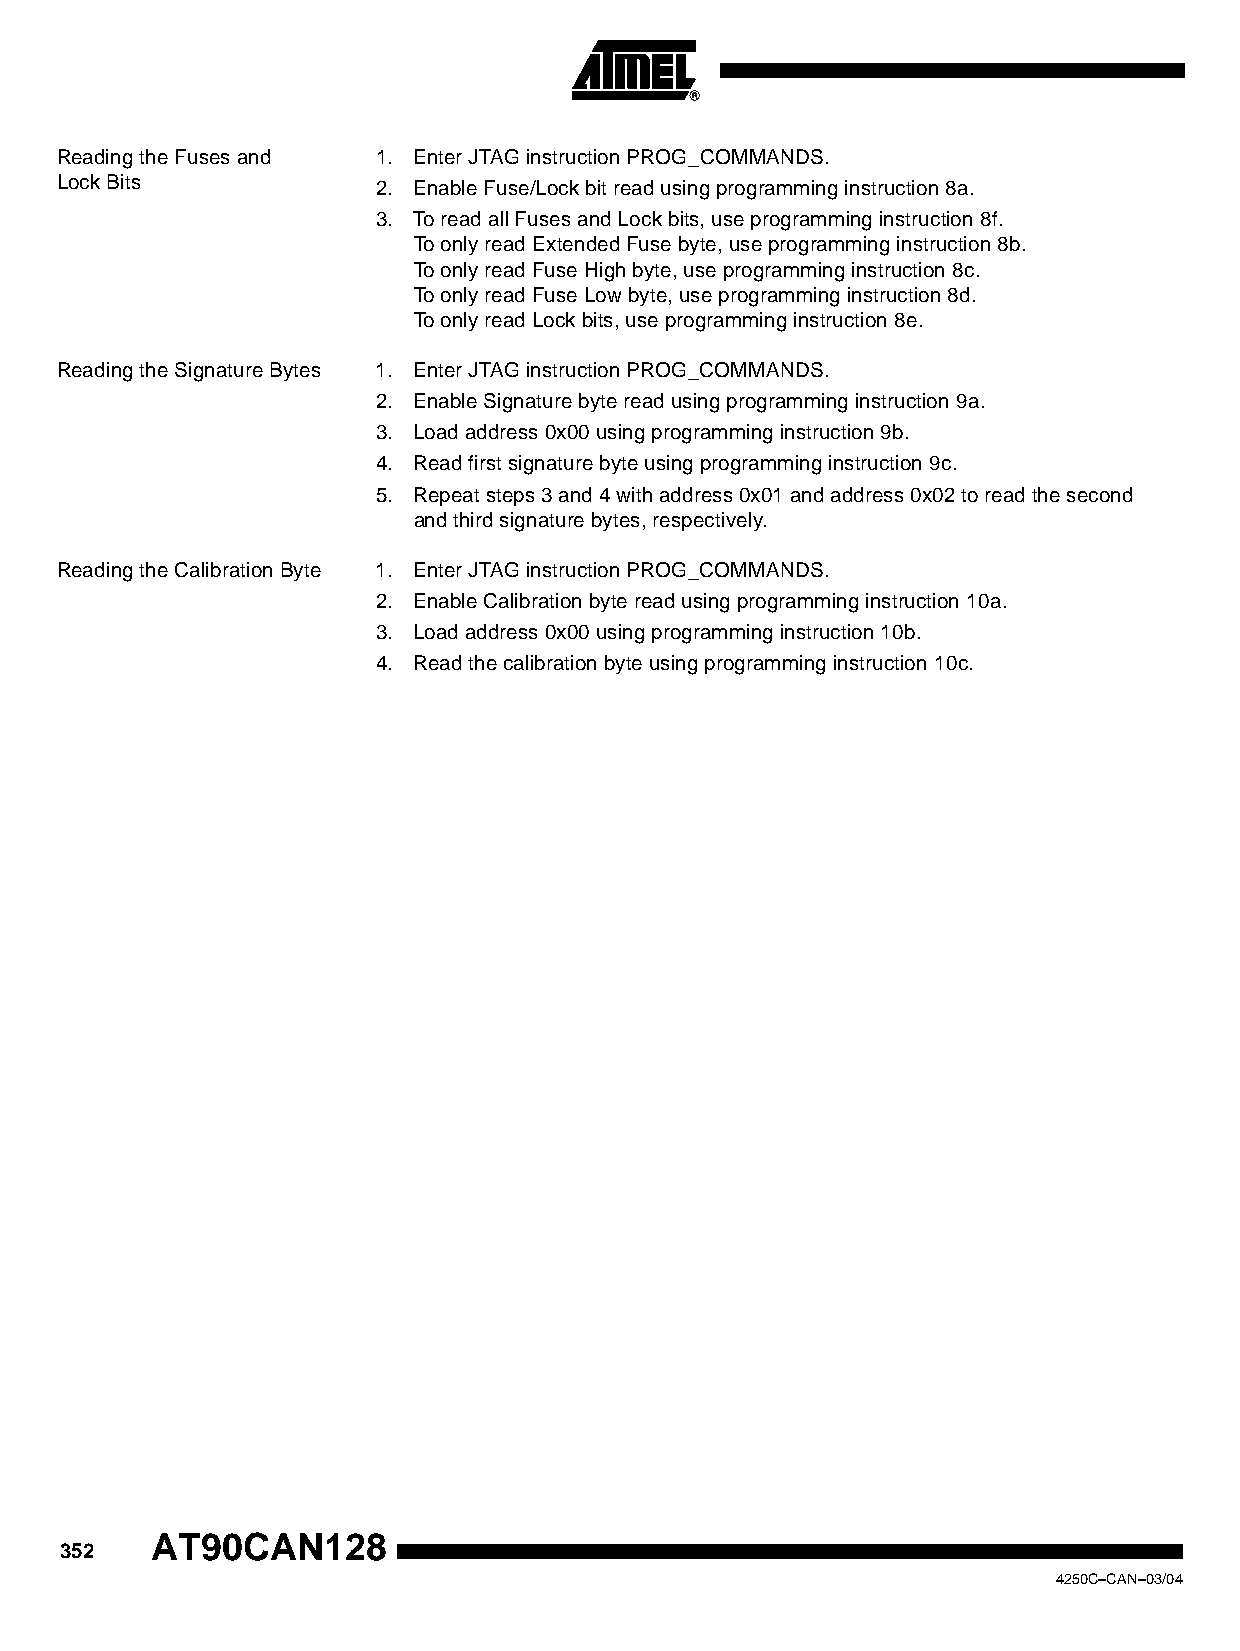
Reading the Fuses and 1. Enter JTAG instruction PROG_COMMANDS.
 LockBits             2. Enable Fuse/Lock bit read using programming instruction 8a.
 3. To read all Fuses and Lock bits, use programming instruction 8f.
 To only read Extended Fuse byte, use programming instruction 8b.
 To only read Fuse High byte, use programming instruction 8c.
 To only read Fuse Low byte, use programming instruction 8d.
 To only read Lock bits, use programming instruction 8e.
 Reading the Signature Bytes 1. Enter JTAG instruction PROG_COMMANDS.
 2. Enable Signature byte read using programming instruction 9a.
 3. Load address 0x00 using programming instruction 9b.
 4. Read first signature byte using programming instruction 9c.
 5. Repeat steps 3 and 4 with address 0x01 and address 0x02 to read the second
 and third signature bytes, respectively.
 Reading the Calibration Byte 1. Enter JTAG instruction PROG_COMMANDS.
 2. Enable Calibration byte read using programming instruction 10a.
 3. Load address 0x00 using programming instruction 10b.
 4. Read the calibration byte using programming instruction 10c.
 AT90CAN128
 352
 4250C–CAN–03/04